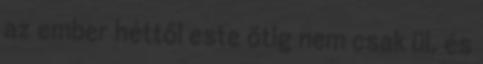
az ember héttől este ötig nem csak ül, és